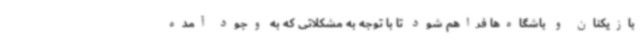
بازیکنان و باشگاه‌ها فراهم شود تا با توجه به مشکلاتی که به وجود آمده